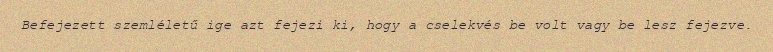
Befejezett szemléletű ige azt fejezi ki, hogy a cselekvés be volt vagy be lesz fejezve.